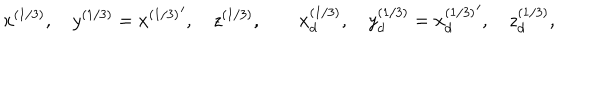
LaTeX: x ^ { ( 1 / 3 ) } , \quad y ^ { ( 1 / 3 ) } = { x ^ { ( 1 / 3 ) } } ^ { \prime } , \quad z ^ { ( 1 / 3 ) } , \qquad x _ { d } ^ { ( 1 / 3 ) } , \quad y _ { d } ^ { ( 1 / 3 ) } = { x _ { d } ^ { ( 1 / 3 ) } } ^ { \prime } , \quad z _ { d } ^ { ( 1 / 3 ) } ,